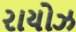
રાયોઝ